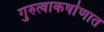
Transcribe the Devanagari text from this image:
गुरुत्वाकर्षाणात